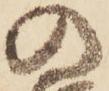
の